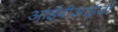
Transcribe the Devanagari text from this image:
आईवीआईजी